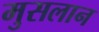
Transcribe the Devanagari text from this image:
मुसलान